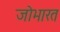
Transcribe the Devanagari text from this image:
जोभारत